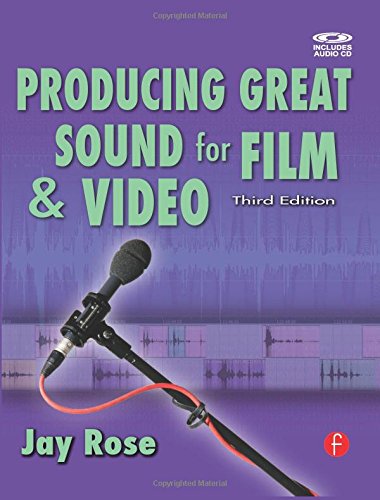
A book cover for Producing Great Sound for Film and Video (DV Expert Series); Jay Rose; Computers & Technology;